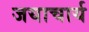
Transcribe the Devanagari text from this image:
जयाचार्य